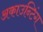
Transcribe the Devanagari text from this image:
अकाउन्टिंग